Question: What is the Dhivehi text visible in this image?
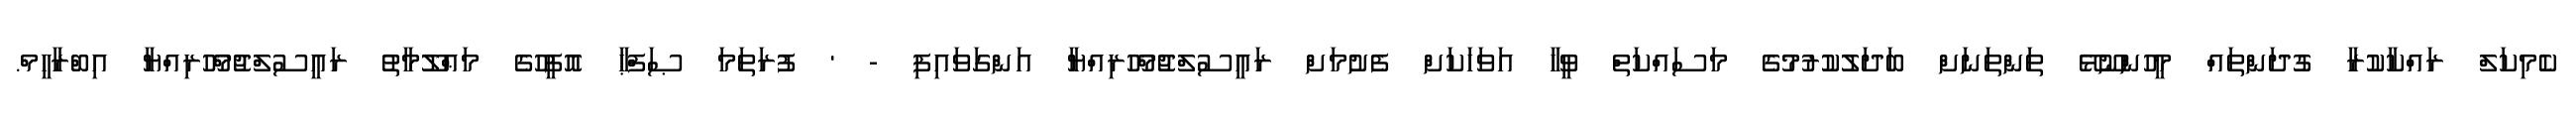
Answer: ކެމިކަލް ރައްކާކުރާ ގުދަންތައް މީހުންނޫޅޭ ތަންތަނަށް ބަދަލުކުރުމުގެ މަސައްކަތް ވީހާ އަވަހަކަށް ފެށުމަށް ރައީސުލްޖުމްހޫރިއްޔާ އަންގަވައިފި - ' ފުރަތަމަ ޞަފްޙާ އޮފީހުގެ މަޢްލޫމާތު ރައީސުލްޖުމްހޫރިއްޔާ އިބްރާހީމް.